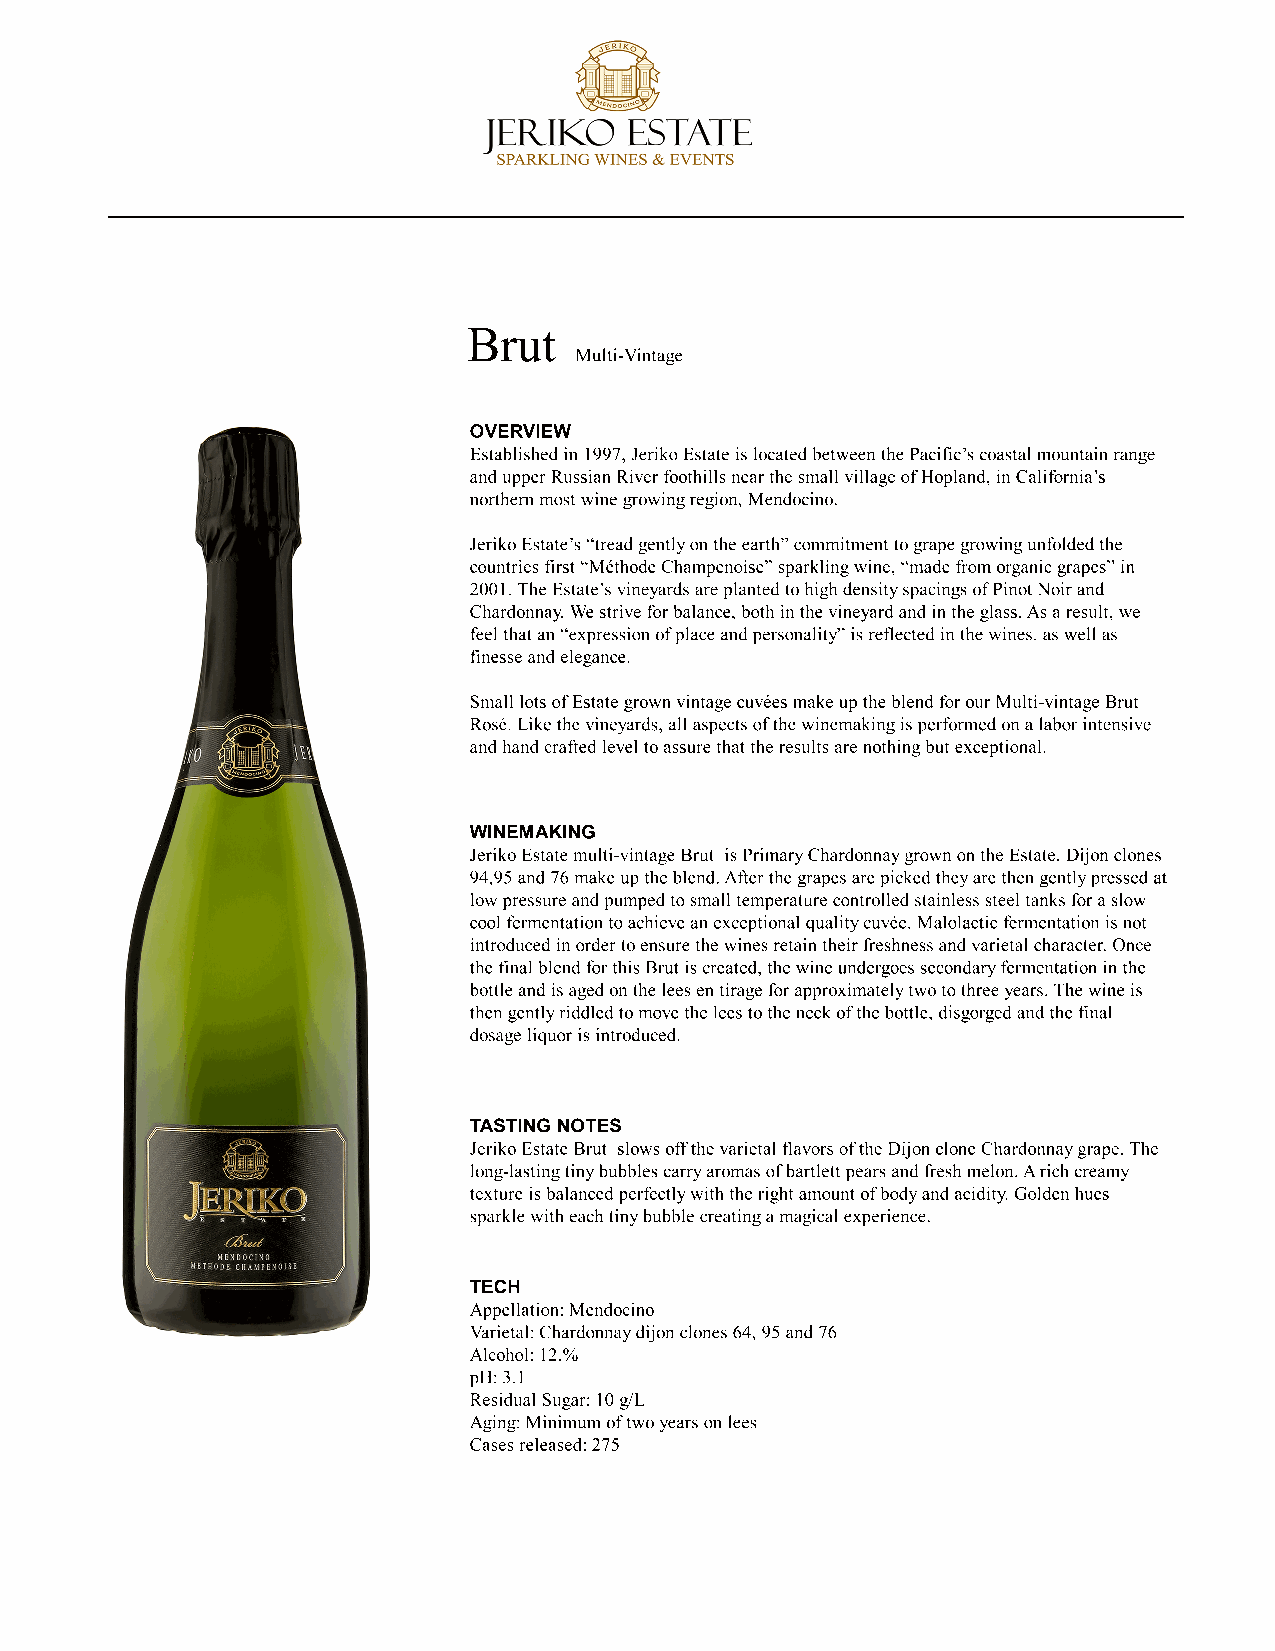
___________________________________________
 Brut
 Multi-Vintage
 OVERVIEW
 Established in 1997, Jeriko Estate is located between the Pacific’s coastal mountain range
 and upper Russian River foothills near the small village of Hopland, in California’s
 northern most wine growing region, Mendocino.
 JJeerriikkoo EEssttaattee’s “tread gently on the earth” commitment to grape growing unfolded the
 countries first “Méthode Champenoise” sparkling wine, “made from organic grapes” in
 2001. The Estate’s vineyards are planted to high density spacings of Pinot Noir and
 Chardonnay. We strive for balance, both in the vineyard and in the glass. As a result, we
 feel that an “expression of place and personality” is reflected in the wines, as well as
 finesse and elegance.
 SSmmaallll lloottss ooff EEssttaattee ggrroowwnn vviinnttaaggee ccuuvvééeess mmaakkee uupp tthhee bblleenndd ffoorr oouurr MMuullttii--vviinnttaaggee BBrruutt
 Rosé. Like the vineyards, all aspects of the winemaking is performed on a labor intensive
 and hand crafted level to assure that the results are nothing but exceptional.
 WINEMAKING
 JJeerriikkoo EEssttaattee mmuullttii--vviinnttaaggee BBrruutt iiss PPrriimmaarryy CChhaarrddoonnnnaayy ggrroowwnn oonn tthhee EEssttaattee.. DDiijjoonn cclloonneess
 94,95 and 76 make up the blend. After the grapes are picked they are then gently pressed at
 low pressure and pumped to small temperature controlled stainless steel tanks for a slow
 cool fermentation to achieve an exceptional quality cuvée. Malolactic fermentation is not
 introduced in order to ensure the wines retain their freshness and varietal character. Once
 the final blend for this Brut is created, the wine undergoes secondary fermentation in the
 bottle and is aged on the lees en tirage for approximately two to three years. The wine is
 tthheenn ggeennttllyy rriiddddlleedd ttoo mmoovvee tthhee lleeeess ttoo tthhee nneecckk ooff tthhee bboottttllee,, ddiissggoorged and the final
 dosage liquor is introduced.
 TASTING NOTES
 Jeriko Estate Brut slows off the varietal flavors of the Dijon clone Chardonnay grape. The
 long-lasting tiny bubbles carry aromas of bartlett pears and fresh melon. A rich creamy
 texture is balanced perfectly with the right amount of body and acidity. Golden hues
 sparkle with each tiny bubble creating a magical experience.
 TECH
 Appellation: Mendocino
 Varietal: Chardonnay dijon clones 64, 95 and 76
 Alcohol: 12.%
 pH: 3.1
 Residual Sugar: 10 g/L
 AAggiinngg:: MMiinniimmuumm ooff ttwwoo yyeeaarrss oonn lleeeess
 Cases released: 275